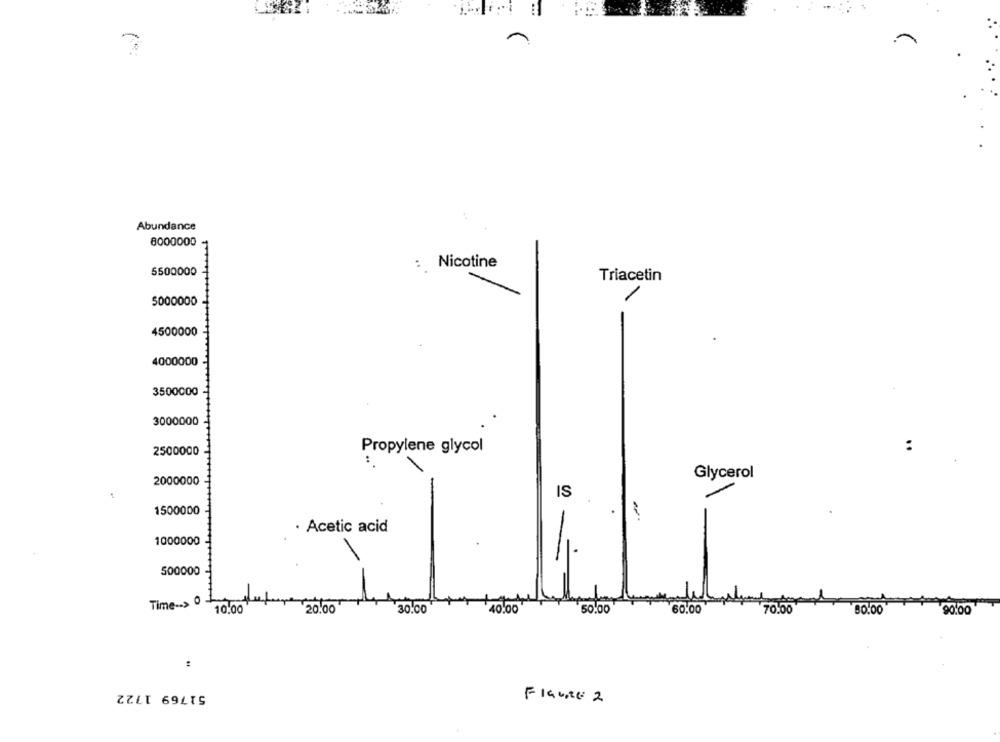
Abundance
8000000
Nicotine
5500000
Triacetin
5000000
4500000
4000000
3500000
3000000
2500000
Propylene glycol
:
Glycerol
2000000
IS
1500000
. Acetic acid
1000000
500000
Time -- > 0
10.00
20.00
30.00
50.00
60.00
90.00
:
51769 1722
FIGURE 2